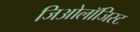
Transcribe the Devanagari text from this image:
जिओलॉजिस्ट